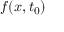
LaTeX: f ( x , t _ { 0 } )